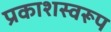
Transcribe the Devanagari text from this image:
प्रकाशस्वरूप